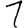
Digit: 1